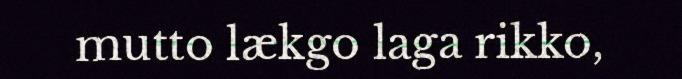
mutto lækgo laga rikko,